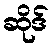
ဆိုဒ်